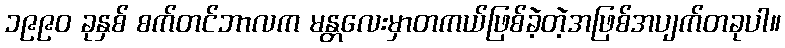
၁၉၉၀ ခုနှစ် စက်တင်ဘာလက မန္တလေးမှာတကယ်ဖြစ်ခဲ့တဲ့အဖြစ်အပျက်တခုပါ။